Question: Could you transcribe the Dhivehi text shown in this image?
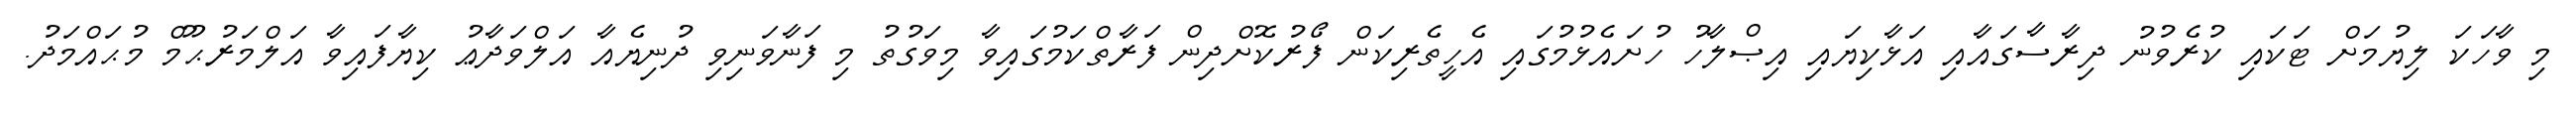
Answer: މި ވާހަކަ ލިޔުމަށް ޓަކައި ކުރެވުނު ދިރާސާގައާއި އަޅާކިޔައި އިޞްލާހު ހުށައެޅުމުގައި އެހީތެރިކަން ފޯރުކޮށްދިން ފަރާތްކަމުގައިވާ މިވަގުތު މި ފަނާވަނިވި ދުނިޔެއާ އަލްވަދާޢު ކިޔާފައިވާ އަލްމަރުޙޫމް މުޙައްމަދު.